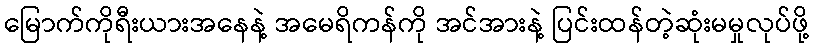
မြောက်ကိုရီးယားအနေနဲ့ အမေရိကန်ကို အင်အားနဲ့ ပြင်းထန်တဲ့ဆုံးမမှုလုပ်ဖို့